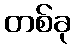
တစ်ခု